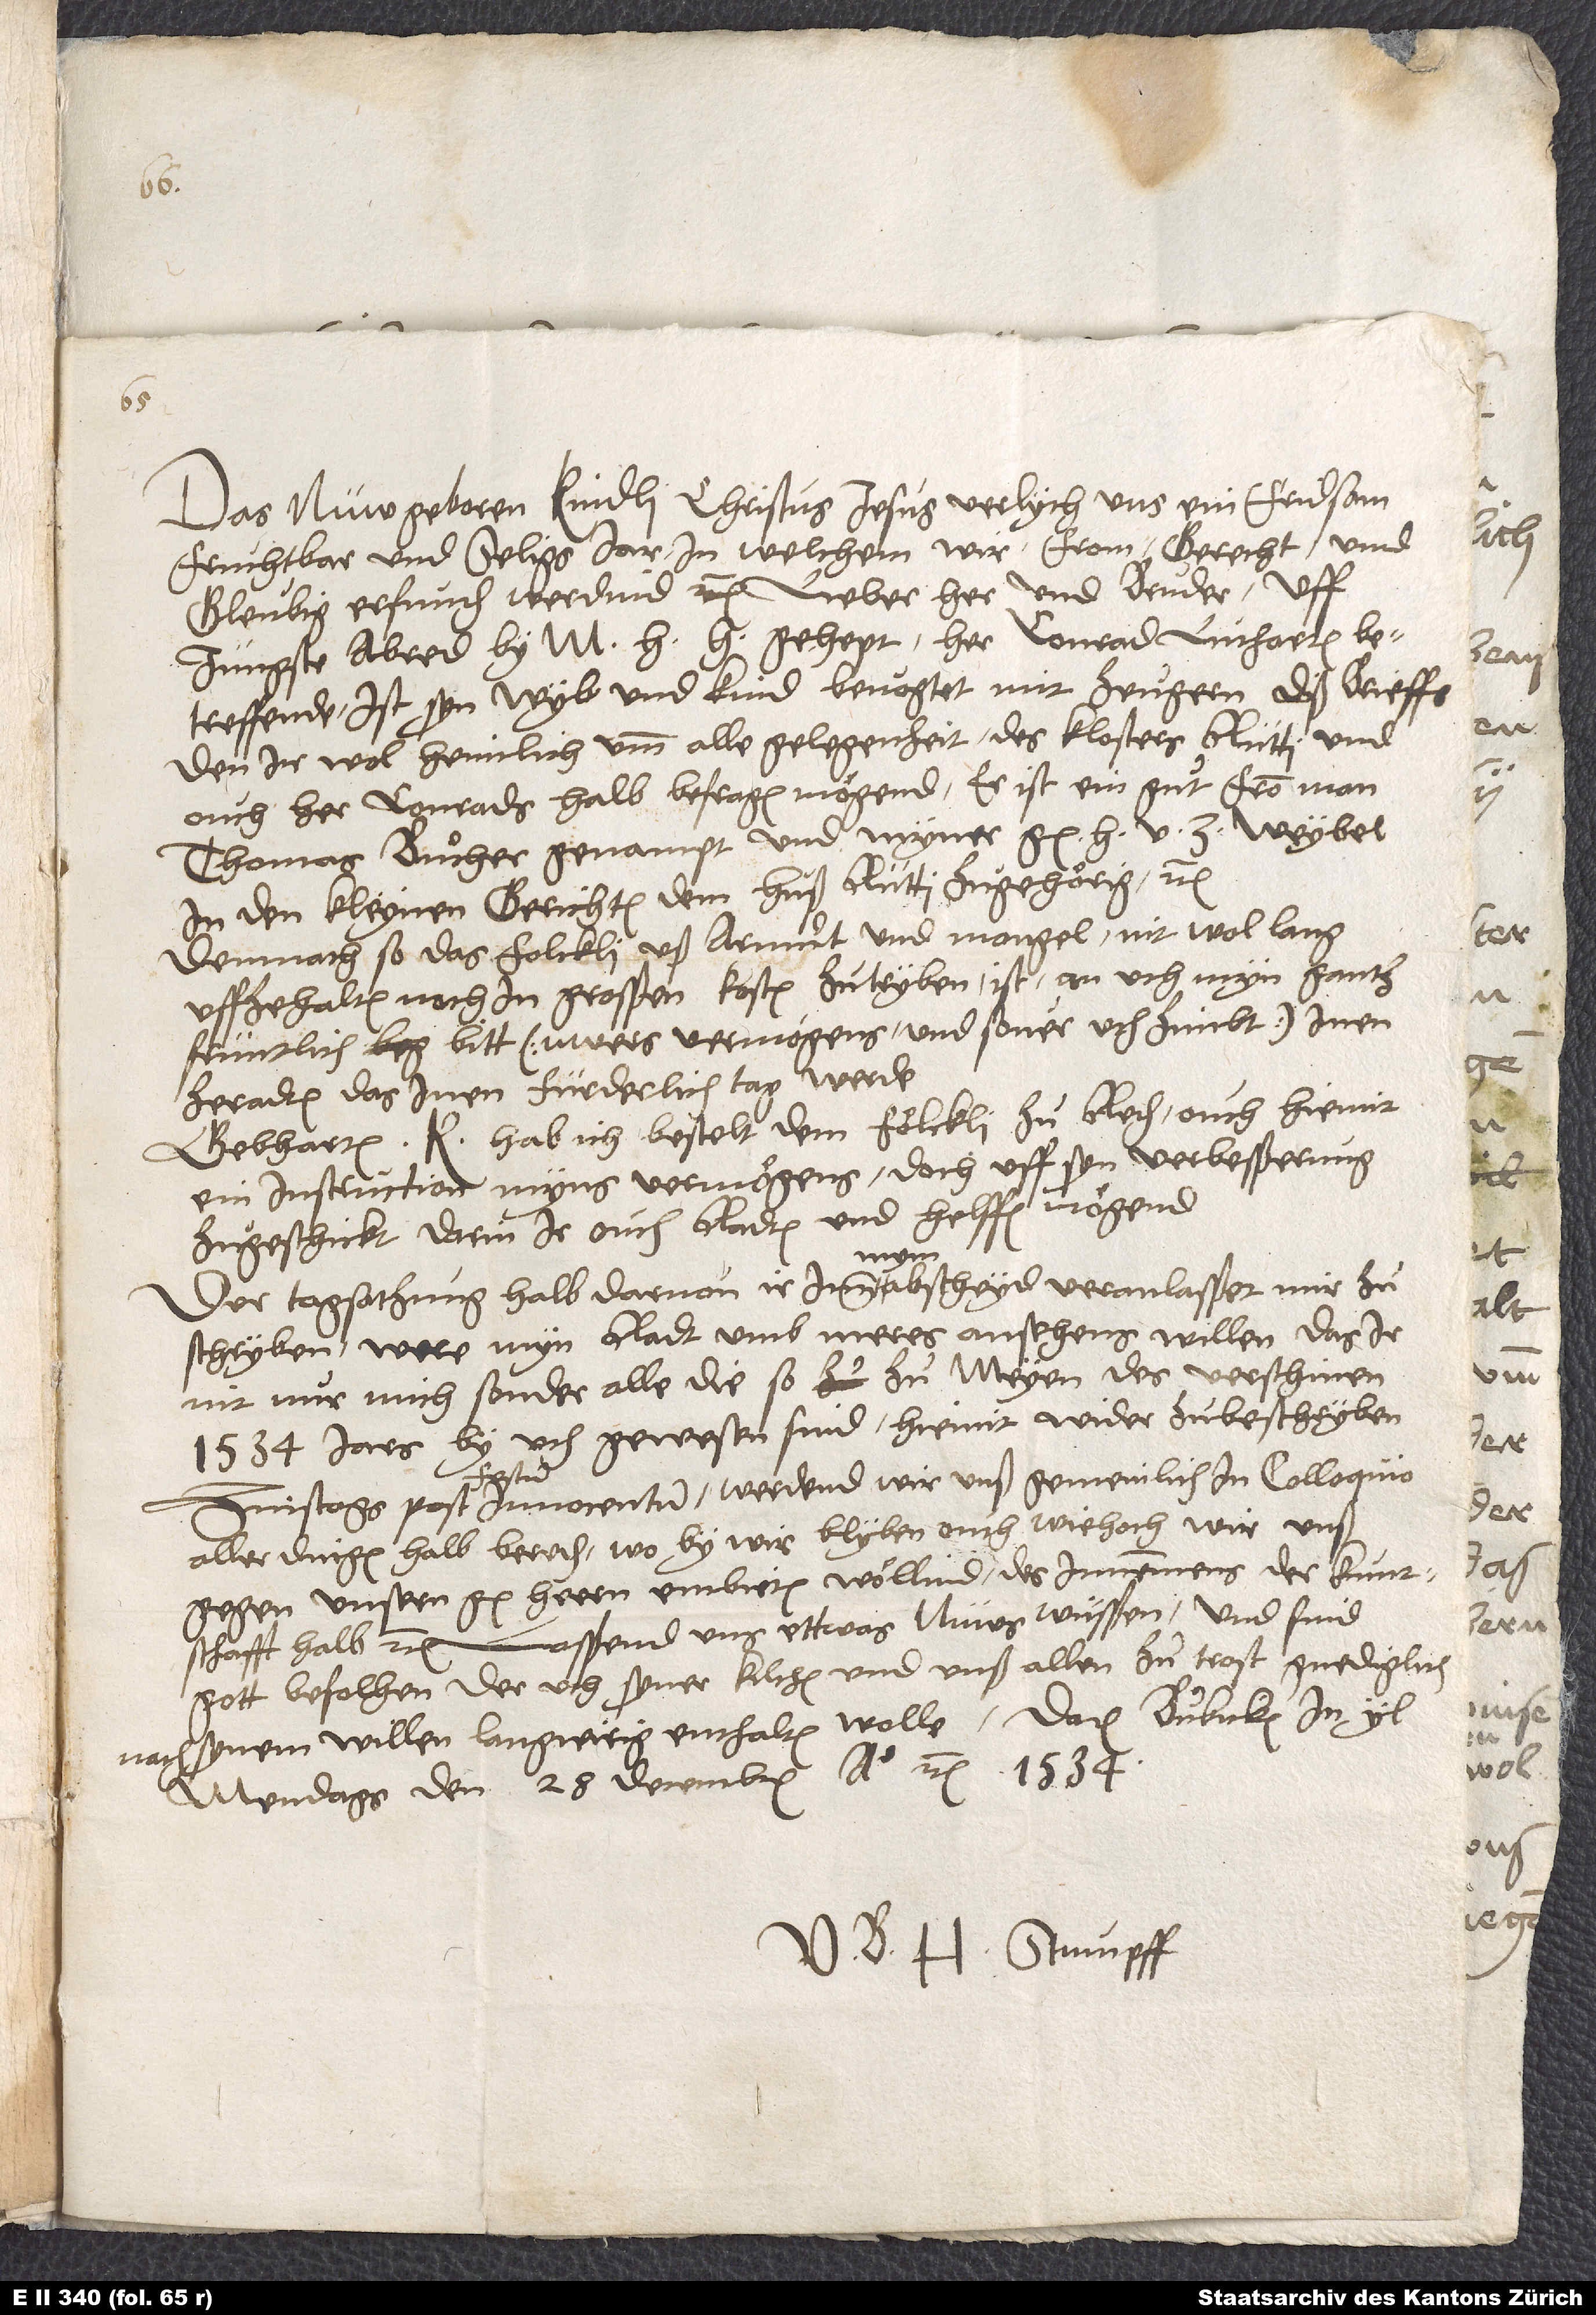
nach

Das nüw geboren kindli Christus Jesus verlych uns ein fridsam,
fruchtbar und seligs jar, in welchem wir from, gerecht und
gleubig erfunden werdind etc. Lieber her und bruder. Uff
in den kleynen gerichten dem huß Rum zugehörig etc.
Demnach so das folckli uß armuͦt und mangel nit wol lang
uffzehalten noch in grosßen kosten zu tryben, ist an uch myn gantz
früntlich bitt, (uwers vermögens und sover uch zimbt) inen
ze radten, das inen fürderlich tag werde.
Gebharten K. hab ich bestelt, dem fölckli zu reden, ouch hiemit
ein instruction myns vermögens, doch uff syn verbesßerung,
zugeschickt, darin ir ouch radten und helffen mögend.
Der tagsatzung halb, darvon ir inn mym abscheid veranlasßet, mir zu
schryben, were myn radt umb meres ansehens willen, das ir
nit nur mich, sonder alle die, so zu meyen des verschinen
1534. jars by uch gewesen sind, hiemit wider zu beschryben
festum
aller dingen halb bereden, woby wir blyben, ouch wie hoch wir unß
gegen unsern g herrn embieten wöllind des innemmens der kuntschafft
halb etc. Lasßend uns ettwas nüws wüsßen, und sind
gott befolhen, der uch syner kilchen und unß allen zu trost gnediglich
synem willen langwirig enthalten wolle. Datum Bubicken,
mendags, den 28. decembris anno etc. 1534.